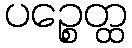
ပဉ္စေတ္ထ